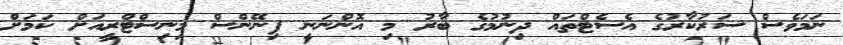
ނަމަވެސް ސަރުކާރުގެ އެސެޓްތައް ދިނުމުގެ ބާރު މި އޮންނަނީ ފިނޭންސް މިނިސްޓްރީއަށް ކަމަށް